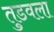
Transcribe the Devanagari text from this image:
तुडवला